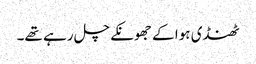
ٹھنڈی ہوا کے جھونکے چل رہے تھے۔